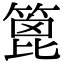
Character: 篦